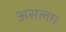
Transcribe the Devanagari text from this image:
असलग